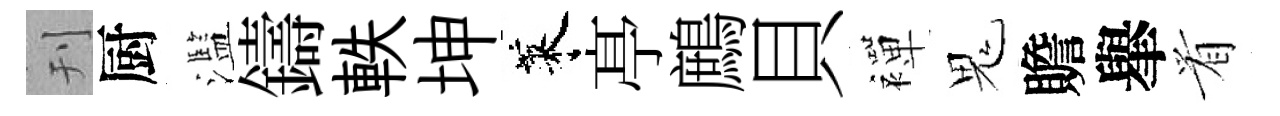
刊厨濫鑄軼坤萊𠅘鷓貝襌鬼贍𦦙㸔